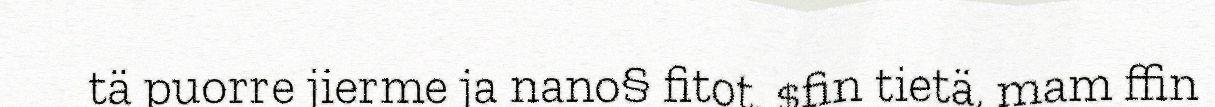
tä puorre jierme ja nano§ fitot. $fin tietä, mam ffin